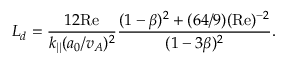
L _ { d } = \frac { 1 2 \mathrm { R e } } { k _ { | | } ( a _ { 0 } / v _ { A } ) ^ { 2 } } \frac { ( 1 - \beta ) ^ { 2 } + ( 6 4 / 9 ) ( \mathrm { R e } ) ^ { - 2 } } { ( 1 - 3 \beta ) ^ { 2 } } .